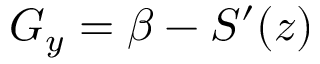
G _ { y } = \beta - { \cal S } ^ { \prime } ( z )